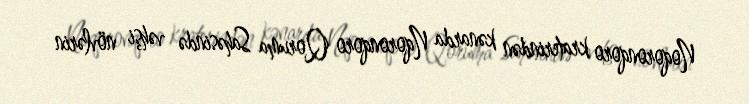
Noqoronqoro kraterindən kənarda Nqoronqoro Qoruma Sahəsində vəhşi növlərin